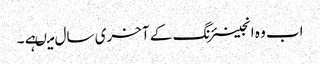
اب وہ انجینئرنگ کے آخری سال میںہے ۔